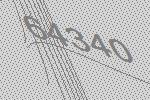
64340